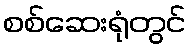
စစ်ဆေးရုံတွင်